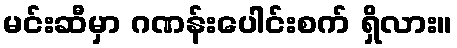
မင်းဆီမှာ ဂဏန်းပေါင်းစက် ရှိလား။